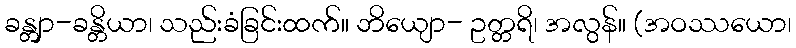
ခန္တျာ-ခန္တိယာ၊ သည်းခံခြင်းထက်။ ဘိယျော- ဥတ္တရိ၊ အလွန်။ (အဝဿယော၊